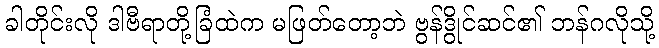
ခါတိုင်းလို ဒါဗီရာတို့ခြံထဲက မဖြတ်တော့ဘဲ ဗွန်ဒွိုင်ဆင်၏ ဘန်ဂလိုသို့